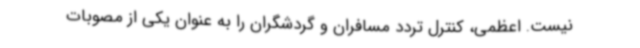
نیست. اعظمی، کنترل تردد مسافران و گردشگران را به عنوان یکی از مصوبات